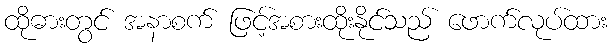
ထိုဓားတွင် အနာစက် ဖြင့်အစားထိုးနိုင်သည် ဖောက်လုပ်ထား